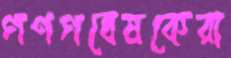
গণগবেষকেরা